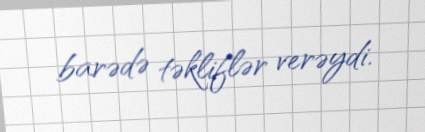
barədə təkliflər verəydi.